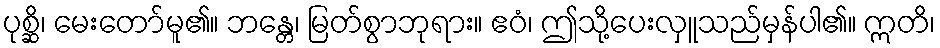
ပုစ္ဆိ၊ မေးတော်မူ၏။ ဘန္တေ၊ မြတ်စွာဘုရား။ ဧဝံ၊ ဤသို့ပေးလှူသည်မှန်ပါ၏။ ဣတိ၊